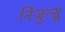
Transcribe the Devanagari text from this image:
निंजुत्सू